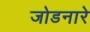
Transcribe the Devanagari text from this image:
जोडनारे